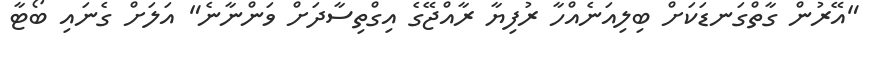
"އޭރުން ގާތްގަނޑަކަށް ބިލިއަނެއްހާ ރުފިޔާ ރާއްޖޭގެ އިގްތިސާދަށް ވަންނާނެ" އަލަށް ގެނައި ބޯޓާ